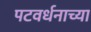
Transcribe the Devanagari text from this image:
पटवर्धनाच्या